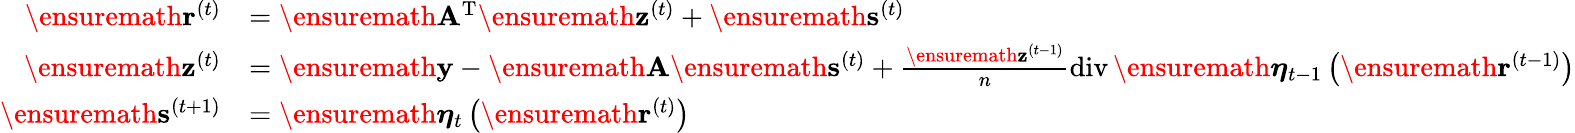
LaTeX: \begin{array}{rl}{\ensuremath{\mathbf{r}}^{(t)}}&{=\ensuremath{\mathbf{A}}^{\mathrm{T}}\ensuremath{\mathbf{z}}^{(t)}+\ensuremath{\mathbf{s}}^{(t)}}\\ {\ensuremath{\mathbf{z}}^{(t)}}&{=\ensuremath{\mathbf{y}}-\ensuremath{\mathbf{A}}\ensuremath{\mathbf{s}}^{(t)}+\frac{\ensuremath{\mathbf{z}}^{(t-1)}}{n}\operatorname{div}\ensuremath{\boldsymbol{\eta}}_{t-1}\left(\ensuremath{\mathbf{r}}^{(t-1)}\right)}\\ {\ensuremath{\mathbf{s}}^{(t+1)}}&{=\ensuremath{\boldsymbol{\eta}}_{t}\left(\ensuremath{\mathbf{r}}^{(t)}\right)}\end{array}